Malaria in the Punjab - Number 46
Disease focus: Malaria
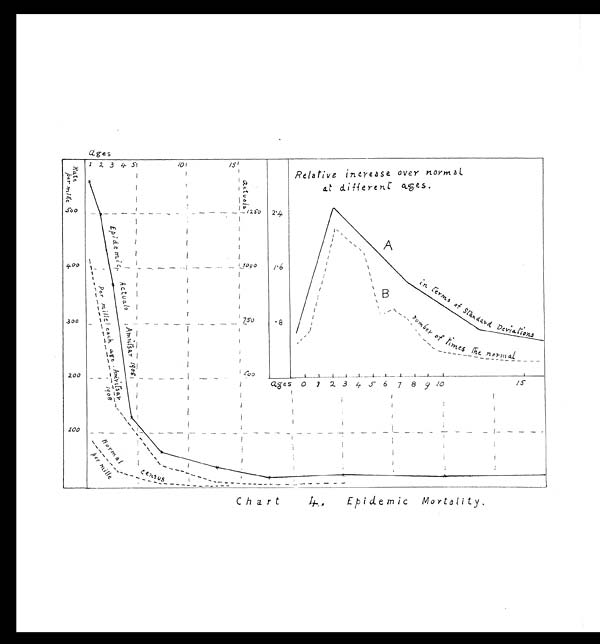
Chart 4. Epidemic Mortality.